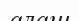
алаш